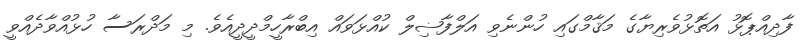
ފާދިއްޕޮޅު އަތޮޅުވެރިޔާގެ މަޤާމްގައި ހުންނެވި އަލްފާޟިލް ކުއްޅަވައް އިބްރާހީމްދީދީއެވެ. މި މަދްރަސާ ހުޅުއްވާދެއްވީ